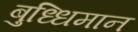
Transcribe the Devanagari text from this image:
बुध्धिमान